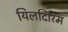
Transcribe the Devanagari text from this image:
यिलदिरिम